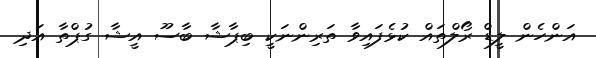
އަންހެން ލީޑް ރޯލްތައް ކުޅެފައިވާ ތަރިންނަކީ ބިޕާޝާ ބާސޫ އީޝާ ގުޕްތާ އަދި